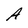
Character: A